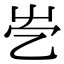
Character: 𡴄